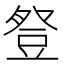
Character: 豋